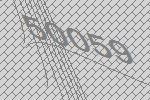
50059